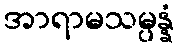
အာရာမသမ္ပန္နံ